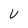
Character: V